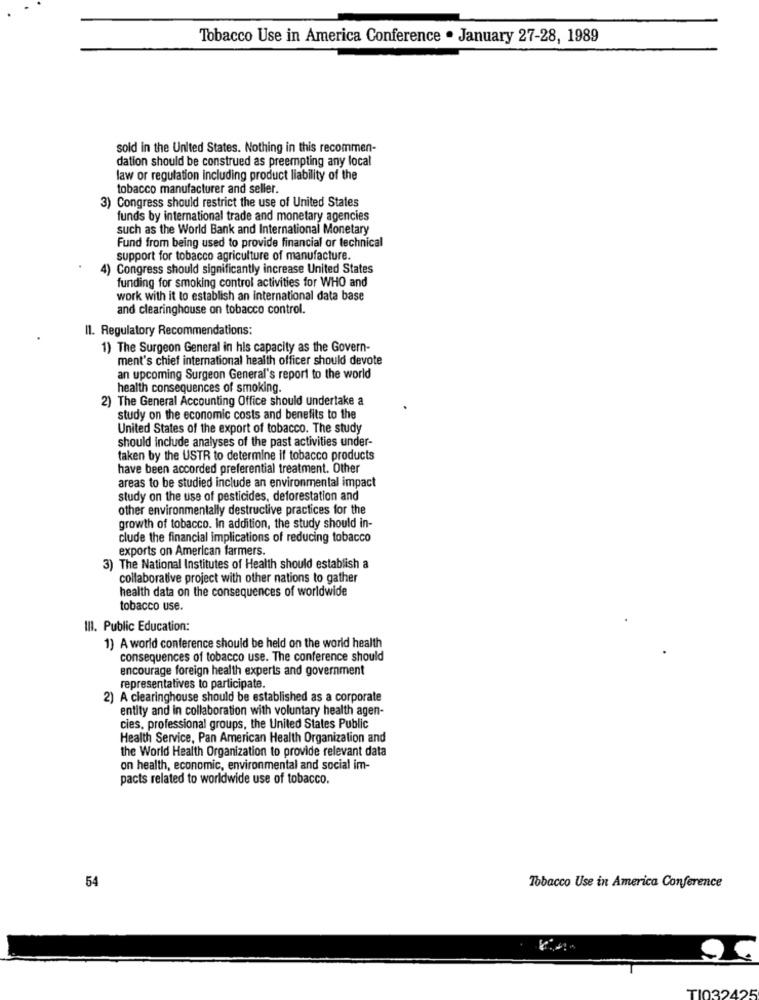
Tobacco Use in America Conference . January 27-28, 1989
sold in the United States. Nothing in this recommen-
dation should be construed as preempting any local
law or regulation including product liability of the
tobacco manufacturer and seller.
3) Congress should restrict the use of United States
funds by international trade and monetary agencies
such as the World Bank and International Monetary
Fund from being used to provide financial or technical
support for tobacco agriculture of manufacture.
4) Congress should significantly increase United States
funding for smoking control activities for WHO and
work with it to establish an international data base
and clearinghouse on tobacco control.
11. Regulatory Recommendations:
1) The Surgeon General in his capacity as the Govern-
ment's chief international health officer should devote
an upcoming Surgeon General's report to the world
health consequences of smoking.
2) The General Accounting Office should undertake a
study on the economic costs and benefits to the
United States of the export of tobacco. The study
should include analyses of the past activities under-
taken by the USTR to determine if tobacco products
have been accorded preferential treatment. Other
areas to be studied include an environmental impact
study on the use of pesticides, deforestation and
other environmentally destructive practices for the
growth of tobacco. In addition, the study should in-
clude the financial implications of reducing tobacco
exports on American farmers.
3) The National Institutes of Health should establish a
collaborative project with other nations to gather
health data on the consequences of worldwide
tobacco use.
III. Public Education:
1) A world conference should be held on the world health
consequences of tobacco use. The conference should
encourage foreign health experts and government
representatives to participate.
2) A clearinghouse should be established as a corporate
entity and in collaboration with voluntary health agen-
cies, professional groups, the United States Public
Health Service, Pan American Health Organization and
the World Health Organization to provide relevant data
on health, economic, environmental and social im-
pacts related to worldwide use of tobacco.
54
Tobacco Use in America Conference
TI032425